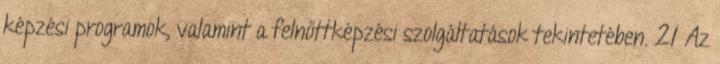
képzési programok, valamint a felnőttképzési szolgáltatások tekintetében. 21 Az